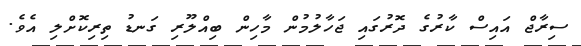
ސިރާޖް އައިސް ކާރުގެ ދޮރުގައި ޖަހާލުމުން މާހިން ބިއްލޫރި ގަނޑު ތިރިކޮށްލި އެވެ.